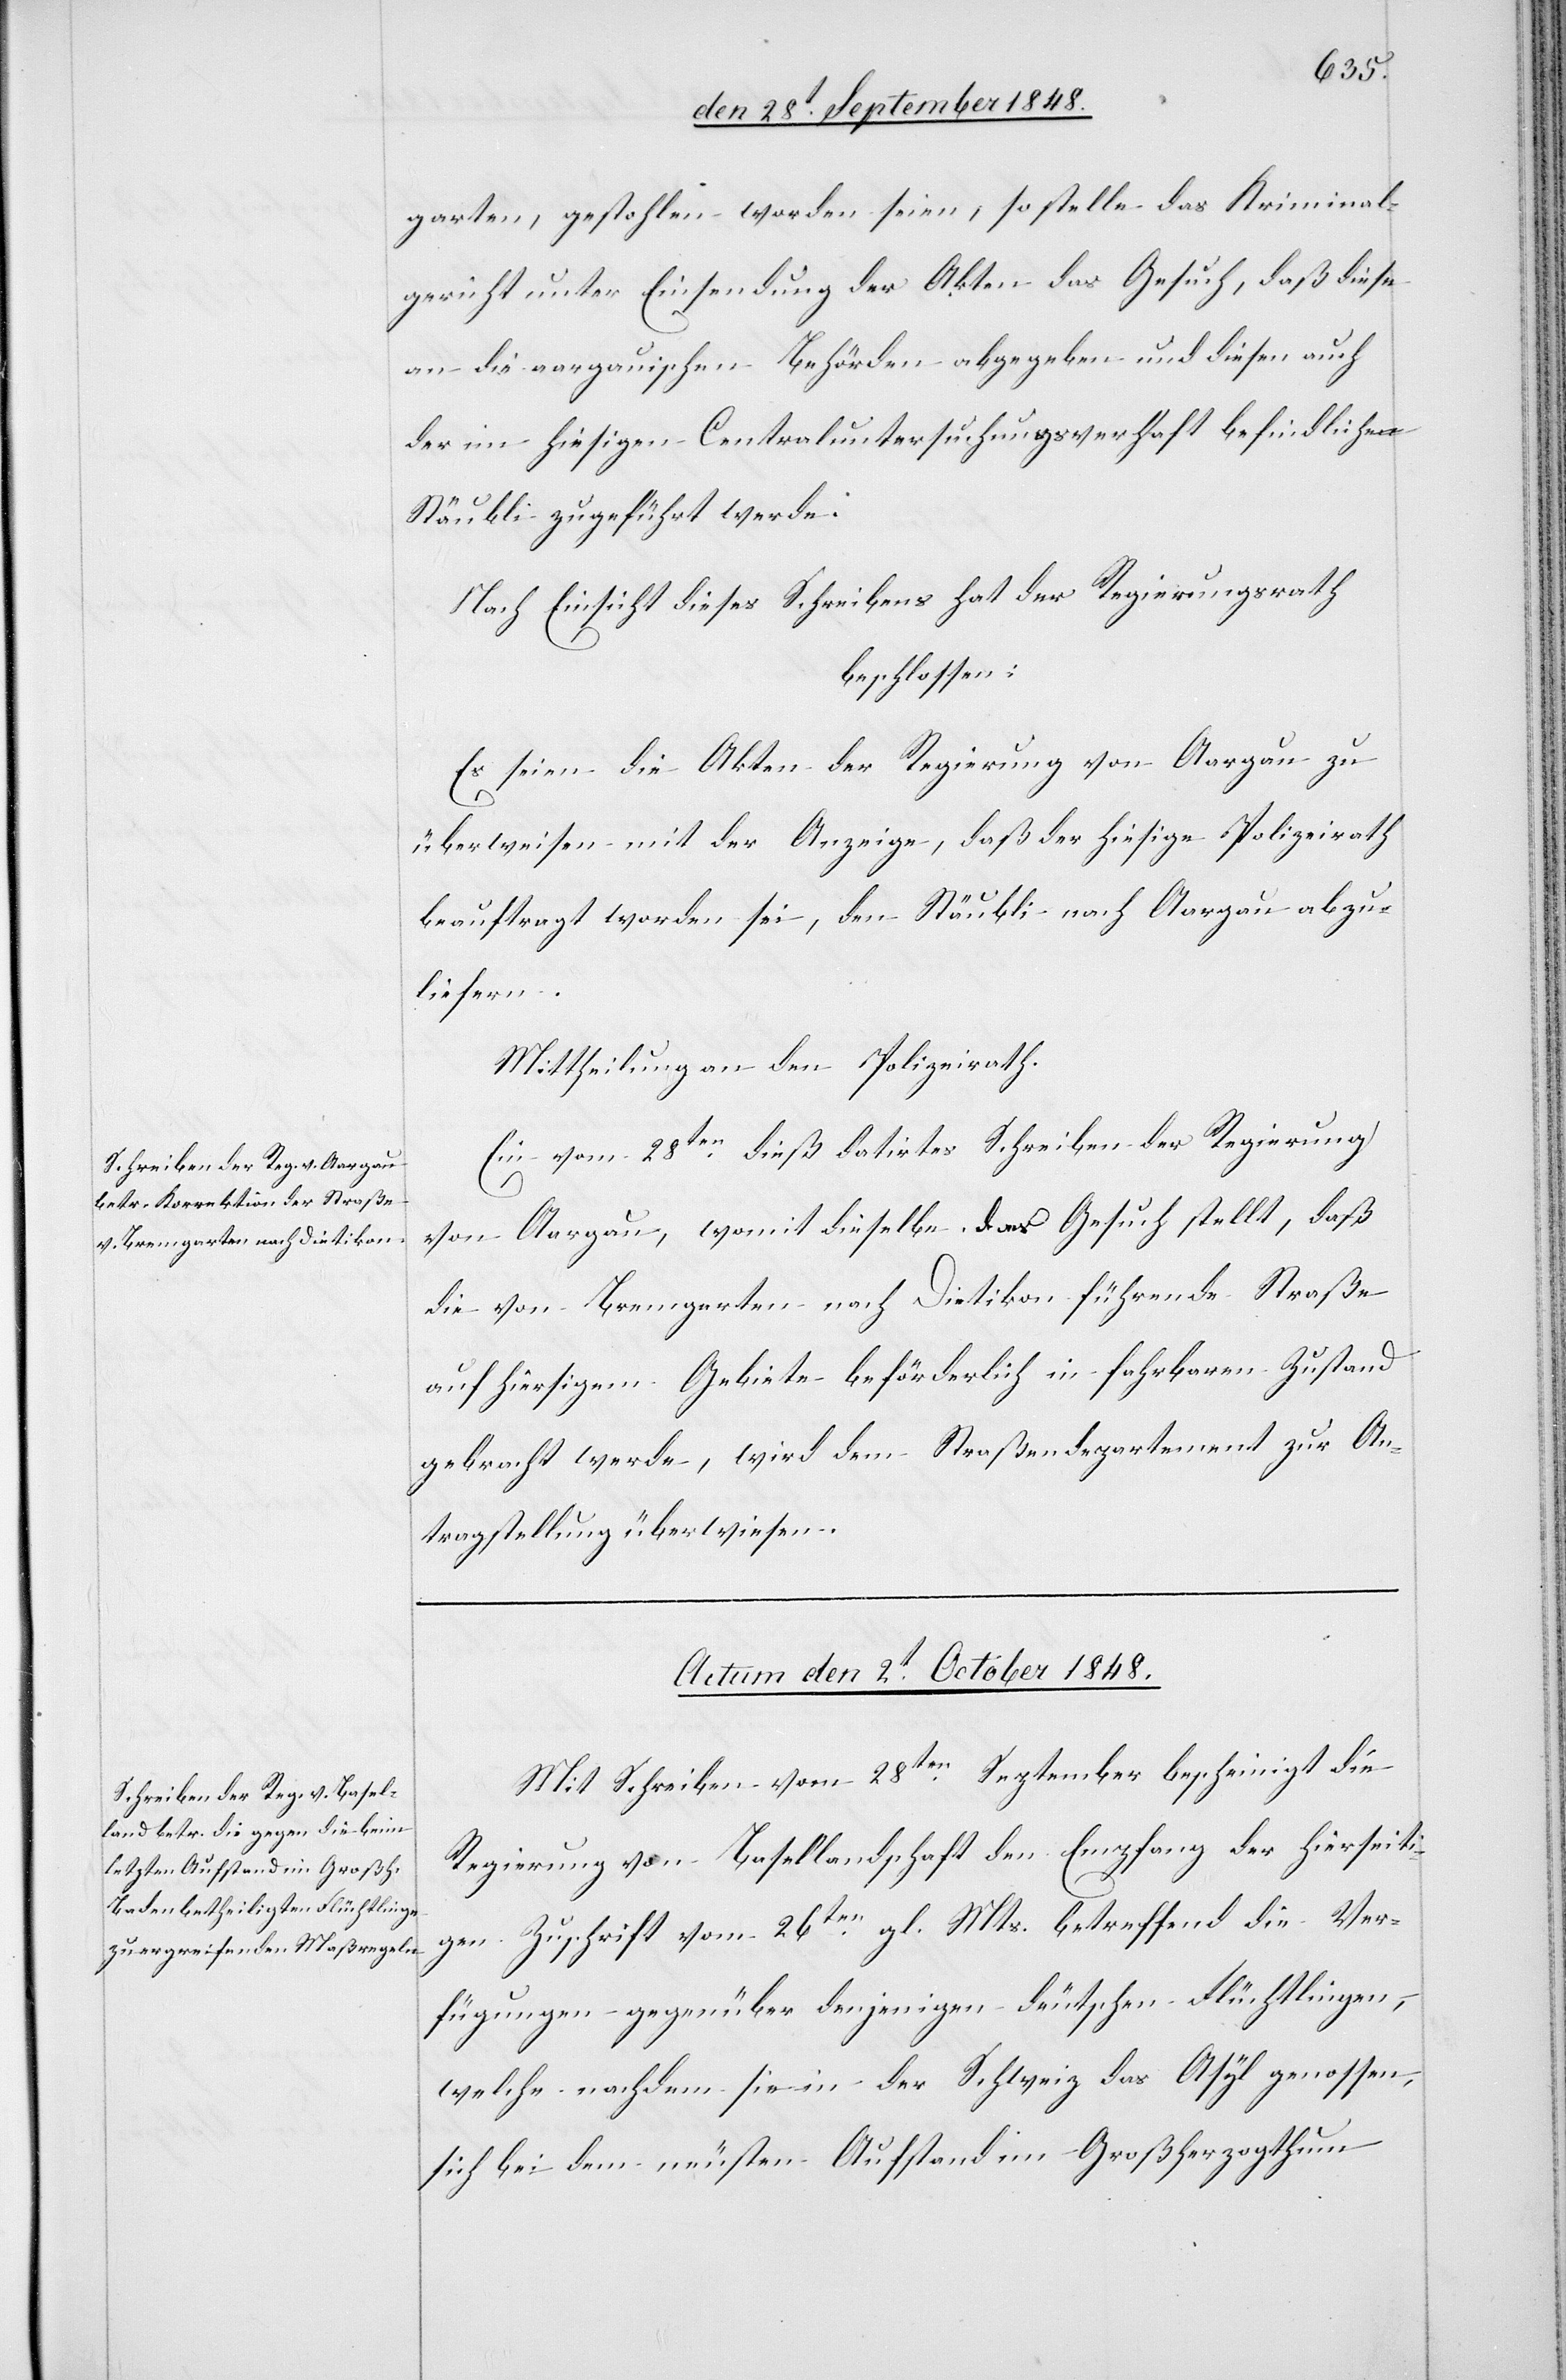
den 29t September 1848.]
garten gestohlen, worden seien, so stelle das Kriminal¬
gericht unter Einsendung der Akten das Gesuch, daß diese
an die aargauischen Behörden abgegeben und diesen auch
der im hiesigen Centraluntersuchungsverhaft befindlichen
Stäubli zugeführt werde.
Nach Einsicht dieses Schreibens hat der Regierungsrath
beschlossen:
Es seien die Akten der Regierung von Aargau zu
überweisen mit der Anzeige, daß der hiesige Polizeirath
beauftragt worden sei, den Stäubli nach Aargau abzu¬
liefern.
Mittheilung an den Polizeirath.
Ein vom 28ten. dieß datirtes Schreiben der Regierung
von Aargau, womit dieselbe das Gesuch stellt, daß
die von Bremgarten nach Dietikon führende Straße
auf hiesigem Gebiete beförderlich in fahrbaren Zustand
gebracht werde, wird dem Straßendepartement zur An¬
tragstellung überwiesen.
Actum den 2t October 1848.
Mit Schreiben vom 28ten. September bescheinigt die
Regierung von Basellandschaft den Empfang der hierseiti¬
gen Zuschrift vom 26ten. gl. Mts. betreffend die Ver¬
fügungen gegenüber denjenigen deutschen Flüchtlingen,
welche nachdem sie in der Schweiz das Asyl genossen,
sich bei dem neusten Aufstand im Großherzogthum